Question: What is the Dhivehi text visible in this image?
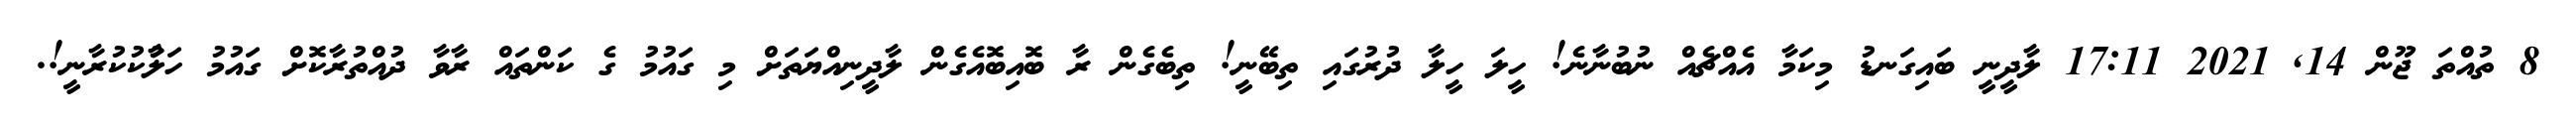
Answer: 8 ތުއްތަ ޖޫން 14, 2021 17:11 ލާދީނީ ބައިގަނޑު މިކަމާ އެއްޗެއް ނުބުނާނެ! ހީލަ ހީލާ ދުރުގައި ތިބޭނީ! ތިބެގެން ރާ ބޮއިބޮއެގެން ލާދީނިއްޔަތަށް މި ގައުމު ގެ ކަންތައް ރާވާ ދުއްތުރާކޮށް ގައުމު ހަލާުކުކުރާނީ!.